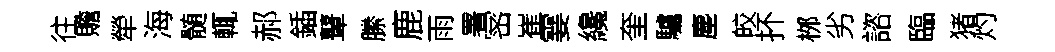
往贍犖海髄輒郝鍤鼙縢鹿雨署宻崔霎纔奎驢塵皎抔桞劣諮臨猪灼